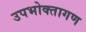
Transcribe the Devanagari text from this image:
उपभोक्‍तागण